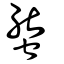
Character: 螚